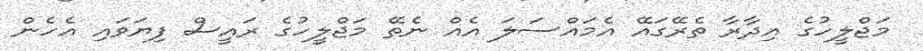
މަޖްލީހުގެ އިދާރާ ތެރޭގައޭ އެމައްސަލަ އެއް ނެތޭ މަޖްލީހުގެ ރައީސް ފިޔަވައި އެހެން